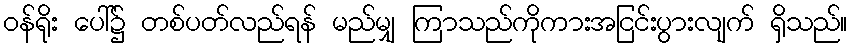
ဝန်ရိုး ပေါ်၌ တစ်ပတ်လည်ရန် မည်မျှ ကြာသည်ကိုကားအငြင်းပွားလျက် ရှိသည်။